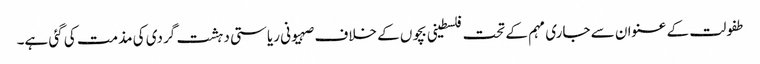
طفولت کے عنوان سے جاری مہم کے تحت فلسطینی بچوں کے خلاف صہیونی ریاستی دہشت گردی کی مذمت کی گئی ہے۔